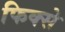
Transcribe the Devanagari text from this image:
फिक्से